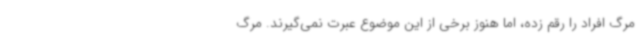
مرگ افراد را رقم زده، اما هنوز برخی از این موضوع عبرت نمی‌گیرند. مرگ